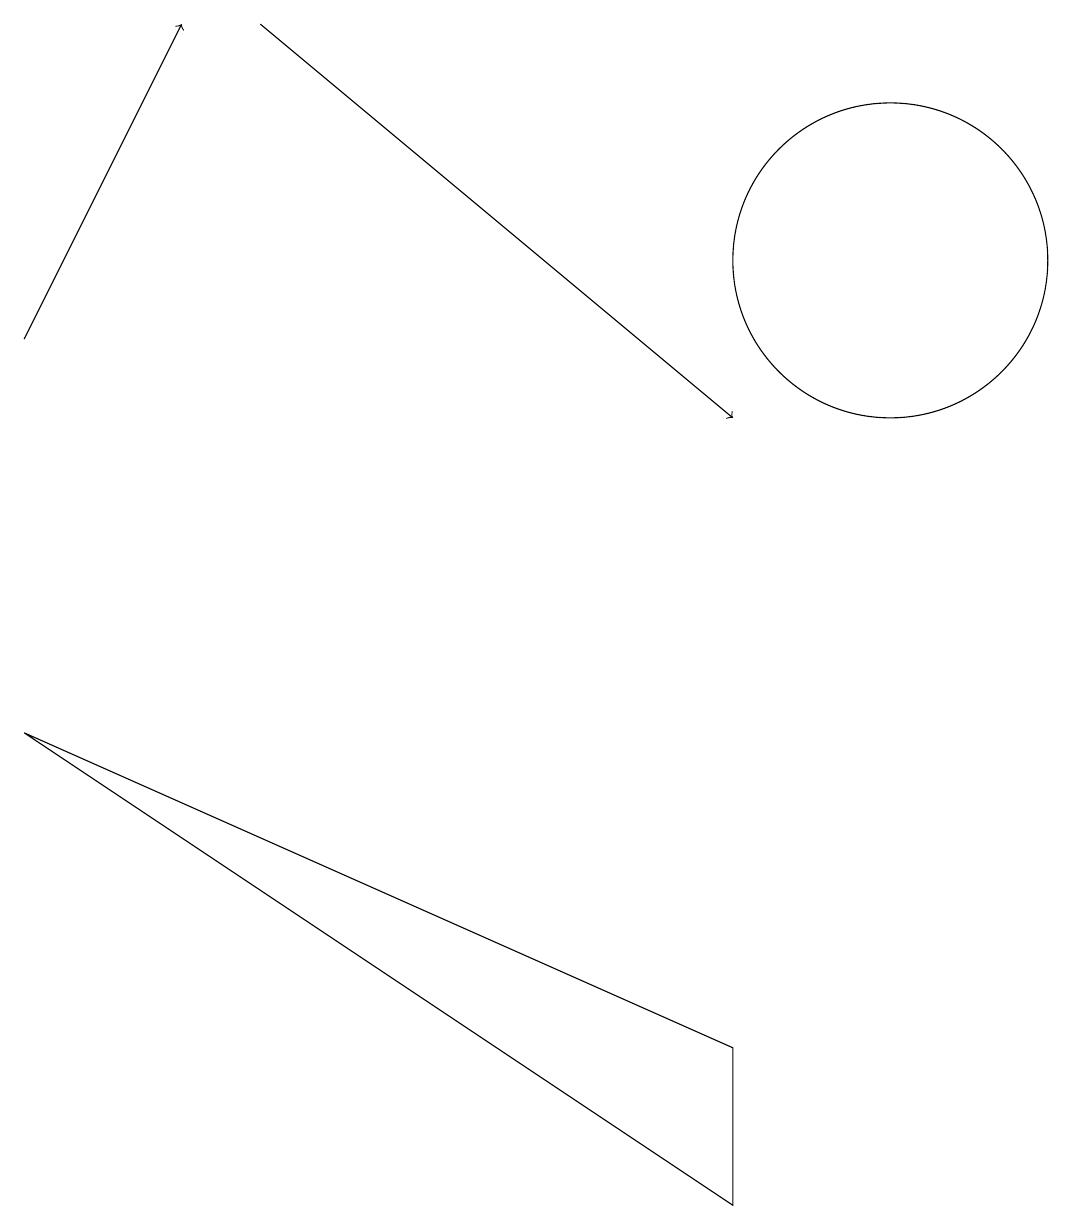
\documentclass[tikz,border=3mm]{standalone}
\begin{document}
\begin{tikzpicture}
\draw (11,12) circle (2);
\draw[->] (0,11) -- (2,15);
\draw (0,6) -- (9,0) -- (9,2) -- cycle;
\draw[->] (3,15) -- (9,10);
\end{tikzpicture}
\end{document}